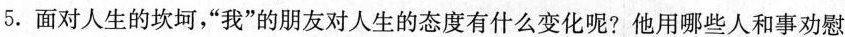
5.面对人生的坎坷，”我”的朋友对人生的态度有什么变化呢?他用哪些人和事劝慰